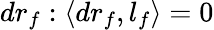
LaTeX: dr_{f}:\langle dr_{f},l_{f}\rangle=0